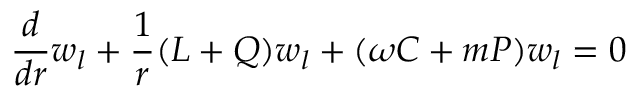
\frac { d } { d r } w _ { l } + \frac { 1 } { r } ( L + Q ) w _ { l } + ( \omega C + m P ) w _ { l } = 0